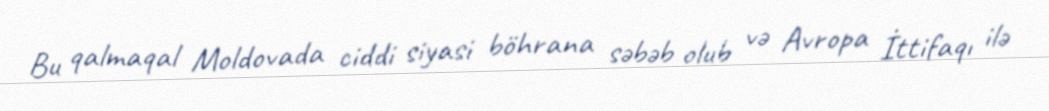
Bu qalmaqal Moldovada ciddi siyasi böhrana səbəb olub və Avropa İttifaqı ilə